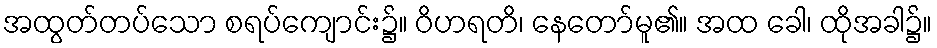
အထွတ်တပ်သော စရပ်ကျောင်း၌။ ဝိဟရတိ၊ နေတော်မူ၏။ အထ ခေါ၊ ထိုအခါ၌။